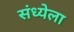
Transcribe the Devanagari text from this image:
संध्येला